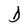
Character: D